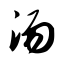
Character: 汤